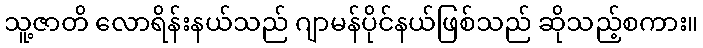
သူ့ဇာတိ လောရိန်းနယ်သည် ဂျာမန်ပိုင်နယ်ဖြစ်သည် ဆိုသည့်စကား။